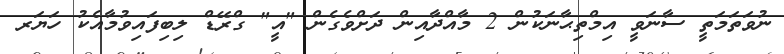
ނުވަތަމަތީ ސާނަވީ އިމްތިޙާނަކުން 2 މާއްދާއިން ދަށްވެގެން "އީ" ގްރޭޑް ލިބިފައިވުމާއެކު ހަޔަރ